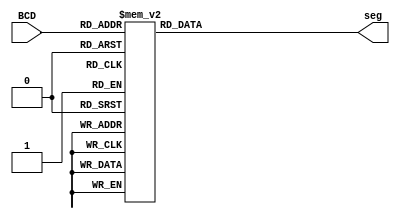

module bcd_to_seg (BCD, seg);
	
    output [6:0]seg;
    input [3:0]BCD; //BCD has a 4 bit range (0-15) so ABCDEF conditions are added despite not being used
    reg [6:0]seg;
    always @(BCD)
        begin
            case(BCD) 
                4'b0000:begin				//0
                    seg[0] = 1'b1; //a
                    seg[1] = 1'b1; //b
                    seg[2] = 1'b1; //c
                    seg[3] = 1'b1; //d
                    seg[4] = 1'b1; //e
                    seg[5] = 1'b1; //f
                    seg[6] = 1'b0; //g
                end
                4'b0001:begin				//1
                    seg[0] = 1'b0; //a
                    seg[1] = 1'b1; //b
                    seg[2] = 1'b1; //c
                    seg[3] = 1'b0; //d
                    seg[4] = 1'b0; //e
                    seg[5] = 1'b0; //f
                    seg[6] = 1'b0; //g
                end
                4'b0010:begin				//2
                    seg[0] = 1'b1; //a
                    seg[1] = 1'b1; //b
                    seg[2] = 1'b0; //c
                    seg[3] = 1'b1; //d
                    seg[4] = 1'b1; //e
                    seg[5] = 1'b0; //f
                    seg[6] = 1'b1; //g
                end
                4'b0011:begin				//3
                    seg[0] = 1'b1; //a
                    seg[1] = 1'b1; //b
                    seg[2] = 1'b1; //c
                    seg[3] = 1'b1; //d
                    seg[4] = 1'b0; //e
                    seg[5] = 1'b0; //f
                    seg[6] = 1'b1; //g
                end
                4'b0100:begin				//4
                    seg[0] = 1'b0; //a
                    seg[1] = 1'b1; //b
                    seg[2] = 1'b1; //c
                    seg[3] = 1'b0; //d
                    seg[4] = 1'b0; //e
                    seg[5] = 1'b1; //f
                    seg[6] = 1'b1; //g
                end
                4'b0101:begin				//5
                    seg[0] = 1'b1; //a
                    seg[1] = 1'b0; //b
                    seg[2] = 1'b1; //c
                    seg[3] = 1'b1; //d
                    seg[4] = 1'b0; //e
                    seg[5] = 1'b1; //f
                    seg[6] = 1'b1; //g
                end
                4'b0110:begin				//6
                    seg[0] = 1'b1; //a
                    seg[1] = 1'b0; //b
                    seg[2] = 1'b1; //c
                    seg[3] = 1'b1; //d
                    seg[4] = 1'b1; //e
                    seg[5] = 1'b1; //f
                    seg[6] = 1'b1; //g
                end
                4'b0111:begin				//7
                    seg[0] = 1'b1; //a
                    seg[1] = 1'b1; //b
                    seg[2] = 1'b1; //c
                    seg[3] = 1'b0; //d
                    seg[4] = 1'b0; //e
                    seg[5] = 1'b0; //f
                    seg[6] = 1'b0; //g
                end
                4'b1000:begin				//8
                    seg[0] = 1'b1; //a
                    seg[1] = 1'b1; //b
                    seg[2] = 1'b1; //c
                    seg[3] = 1'b1; //d
                    seg[4] = 1'b1; //e
                    seg[5] = 1'b1; //f
                    seg[6] = 1'b1; //g
                end
                4'b1001:begin				//9
                    seg[0] = 1'b1; //a
                    seg[1] = 1'b1; //b
                    seg[2] = 1'b1; //c
                    seg[3] = 1'b1; //d
                    seg[4] = 1'b0; //e
                    seg[5] = 1'b1; //f
                    seg[6] = 1'b1; //g
                end
                4'b1010:begin				//A
                    seg[0] = 1'b1; //a
                    seg[1] = 1'b1; //b
                    seg[2] = 1'b1; //c
                    seg[3] = 1'b0; //d
                    seg[4] = 1'b1; //e
                    seg[5] = 1'b1; //f
                    seg[6] = 1'b1; //g
                end
                4'b1011:begin				//B
                    seg[0] = 1'b0; //a
                    seg[1] = 1'b0; //b
                    seg[2] = 1'b1; //c
                    seg[3] = 1'b1; //d
                    seg[4] = 1'b1; //e
                    seg[5] = 1'b1; //f
                    seg[6] = 1'b1; //g
                end
                4'b1100:begin				//C
                    seg[0] = 1'b1; //a
                    seg[1] = 1'b0; //b
                    seg[2] = 1'b0; //c
                    seg[3] = 1'b1; //d
                    seg[4] = 1'b1; //e
                    seg[5] = 1'b1; //f
                    seg[6] = 1'b0; //g
                end
                4'b1101:begin				//D
                    seg[0] = 1'b0; //a
                    seg[1] = 1'b1; //b
                    seg[2] = 1'b1; //c
                    seg[3] = 1'b1; //d
                    seg[4] = 1'b1; //e
                    seg[5] = 1'b0; //f
                    seg[6] = 1'b1; //g
                end
                4'b1110:begin				//E
                    seg[0] = 1'b1; //a
                    seg[1] = 1'b0; //b
                    seg[2] = 1'b0; //c
                    seg[3] = 1'b1; //d
                    seg[4] = 1'b1; //e
                    seg[5] = 1'b1; //f
                    seg[6] = 1'b1; //g
                end
                4'b1111:begin				//F
                    seg[0] = 1'b1; //a
                    seg[1] = 1'b0; //b
                    seg[2] = 1'b0; //c
                    seg[3] = 1'b0; //d
                    seg[4] = 1'b1; //e
                    seg[5] = 1'b1; //f
                    seg[6] = 1'b1; //g
                end
            
            endcase

        end

endmodule